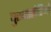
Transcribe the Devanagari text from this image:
पुरगातोरिओ